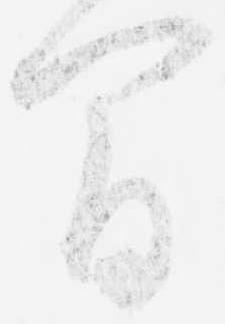
間